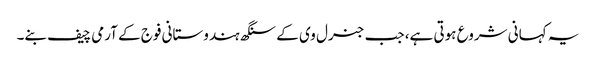
یہ کہانی شروع ہوتی ہے، جب جنرل وی کے سنگھ ہندوستانی فوج کے آرمی چیف بنے۔